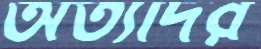
অত্যাদর